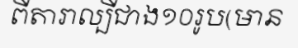
ពីតារាល្បីជាង១០រូប(មាន